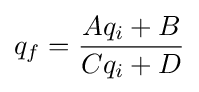
q_{f}={\frac {Aq_{i}+B}{Cq_{i}+D}}